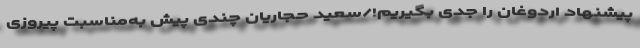
پیشنهاد اردوغان را جدی بگیریم!/سعید حجاریان چندی پیش به‌مناسبت پیروزی